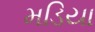
મડિયા